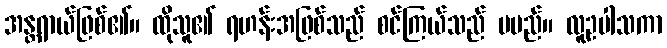
အန္တရာယ်ဖြစ်၏။ ထိုသူ၏ ရဟန်းအဖြစ်သည် စင်ကြယ်သည် မမည်။ လူဥပါသကာ